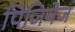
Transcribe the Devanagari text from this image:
पिजियेज